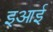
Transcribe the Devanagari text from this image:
इआई